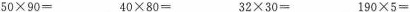
50×90=40×80= 32×30=190×5=